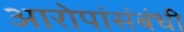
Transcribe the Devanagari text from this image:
आरोपांसंबंधी